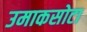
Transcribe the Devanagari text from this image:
उमाकसोटा